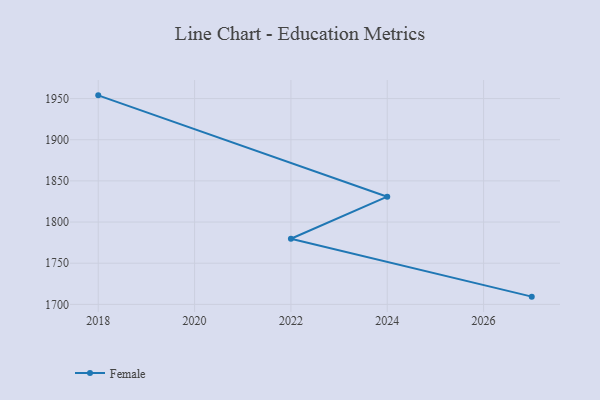
{"axis": {"x": "Year", "y": "Revenue (USD Million)"}, "legend": ["Female"], "data": [{"x": "2018", "y": 1953.9, "type": "Female"}, {"x": "2024", "y": 1830.8, "type": "Female"}, {"x": "2022", "y": 1779.7, "type": "Female"}, {"x": "2027", "y": 1709.4, "type": "Female"}]}